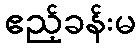
ဧည့်ခန်းမ